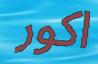
اكور